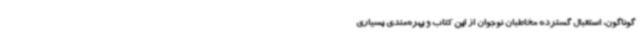
گوناگون، استقبال گسترده مخاطبان نوجوان از این کتاب و بهره‌مندی بسیاری